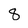
Character: 8